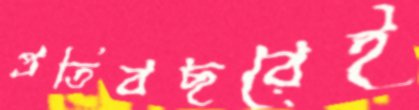
প্রতিবছরেই